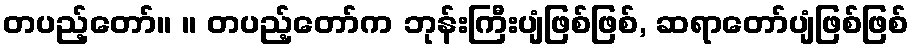
တပည့်တော်။ ။ တပည့်တော်က ဘုန်းကြီးပျံဖြစ်ဖြစ်, ဆရာတော်ပျံဖြစ်ဖြစ်